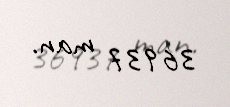
36937 man.